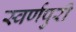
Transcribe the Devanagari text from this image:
स्वर्णपुरी